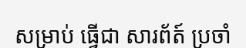
សម្រាប់ ធ្វើជា សារព័ត៍ ប្រចាំ